Report of the Municipal Commissioner on the plague in Bombay for the year ending 31st May... - Volume 1
Disease focus: Plague
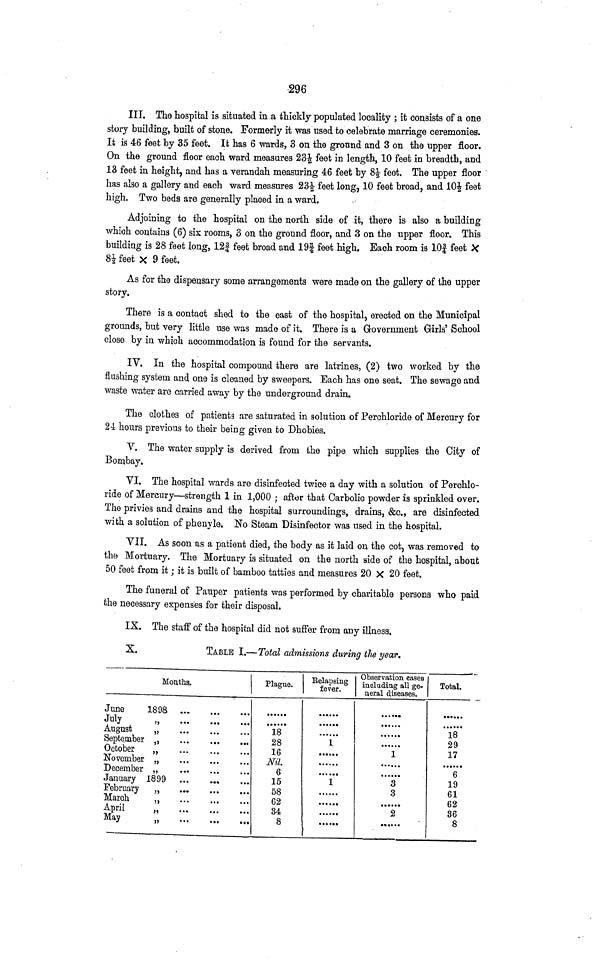
296
III. The hospital is situated in a thickly populated locality ; it consists of a one
story building, built of stone. Formerly it was used to celebrate marriage ceremonies.
It is 46 feet by 35 feet. It has 6 wards, 3 on the ground and 3 on the upper floor.
On the ground floor each ward measures 231/2 feet in length, 10 feet in breadth, and
13 feet in height, and has a verandah measuring 46 feet by 81/2 feet. The upper floor
has also a gallery and each ward measures 231/2 feet long, 10 feet broad, and 101/2 feet
high. Two beds are generally placed in a ward.
Adjoining to the hospital on the north side of it, there is also a building
which contains (6) six rooms, 3 on the ground floor, and 3 on the upper floor. This
building is 28 feet long, 12f feet broad and 19| feet high. Each room is 103/4 feet X
81/2 feet x 9 feet.
As for the dispensary some arrangements were made on the gallery of the upper
story.
There is a contact shed to the east of the hospital, erected on the Municipal
grounds, but very little use was made of it. There is a Government Girls' School
close by in which accommodation is found for the servants.
IV. In the hospital compound there are latrines, (2) two worked by the
flushing system and one is cleaned by sweepers. Each has one seat. The sewage and
waste water are carried away by the underground drain.
The clothes of patients are saturated in solution of Perchloride of Mercury for
24 hours previous to their being given to Dhobies.
V. The water supply is derived from the pipe which supplies the City of
Bombay.
VI. The hospital wards are disinfected twice a day with a solution of Perchlo-
ride of Mercury—strength 1 in 1,000 ; after that Carbolic powder is sprinkled over.
The privies and drains and the hospital surroundings, drains, &c., are disinfected
with a solution of phenyle. No Steam Disinfector was used in the hospital.
VII. As soon as a patient died, the body as it laid on the cot, was removed to
the Mortuary. The Mortuary is situated on the north side of the hospital, about
50 feet from it ; it is built of bamboo tatties and measures 20 X 20 feet.
The funeral of Pauper patients was performed by charitable persons, who paid
the necessary expenses for their disposal.
IX. The staff of the hospital did not suffer from any illness.
X.
TABLE I.—Total admissions during the year.
Months.
June
1898
July
,,.........
August
„
September „
October
„
November „
December „
January 1899
February „
March
„
April ,,
May ,,
Plague.
18
28
16
Nil.
6
15
58
62
34
8
Relapsing
fever.
• ••,«••
**••••
1
....
....
.........
1
* • • •
....
....
• ••
Observation cases
including all ge-
neral diseases.
............
......
......
1
3
3
2
Total.
......
18
29
17
......
6
19
61
62
36
8